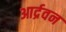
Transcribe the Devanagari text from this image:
आर्द्रवन